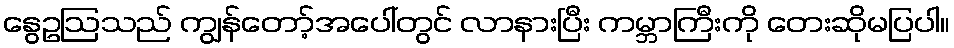
နွေဥဩသည် ကျွန်တော့်အပေါ်တွင် လာနားပြီး ကမ္ဘာကြီးကို တေးဆိုမပြပါ။